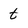
Character: t